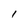
Character: I